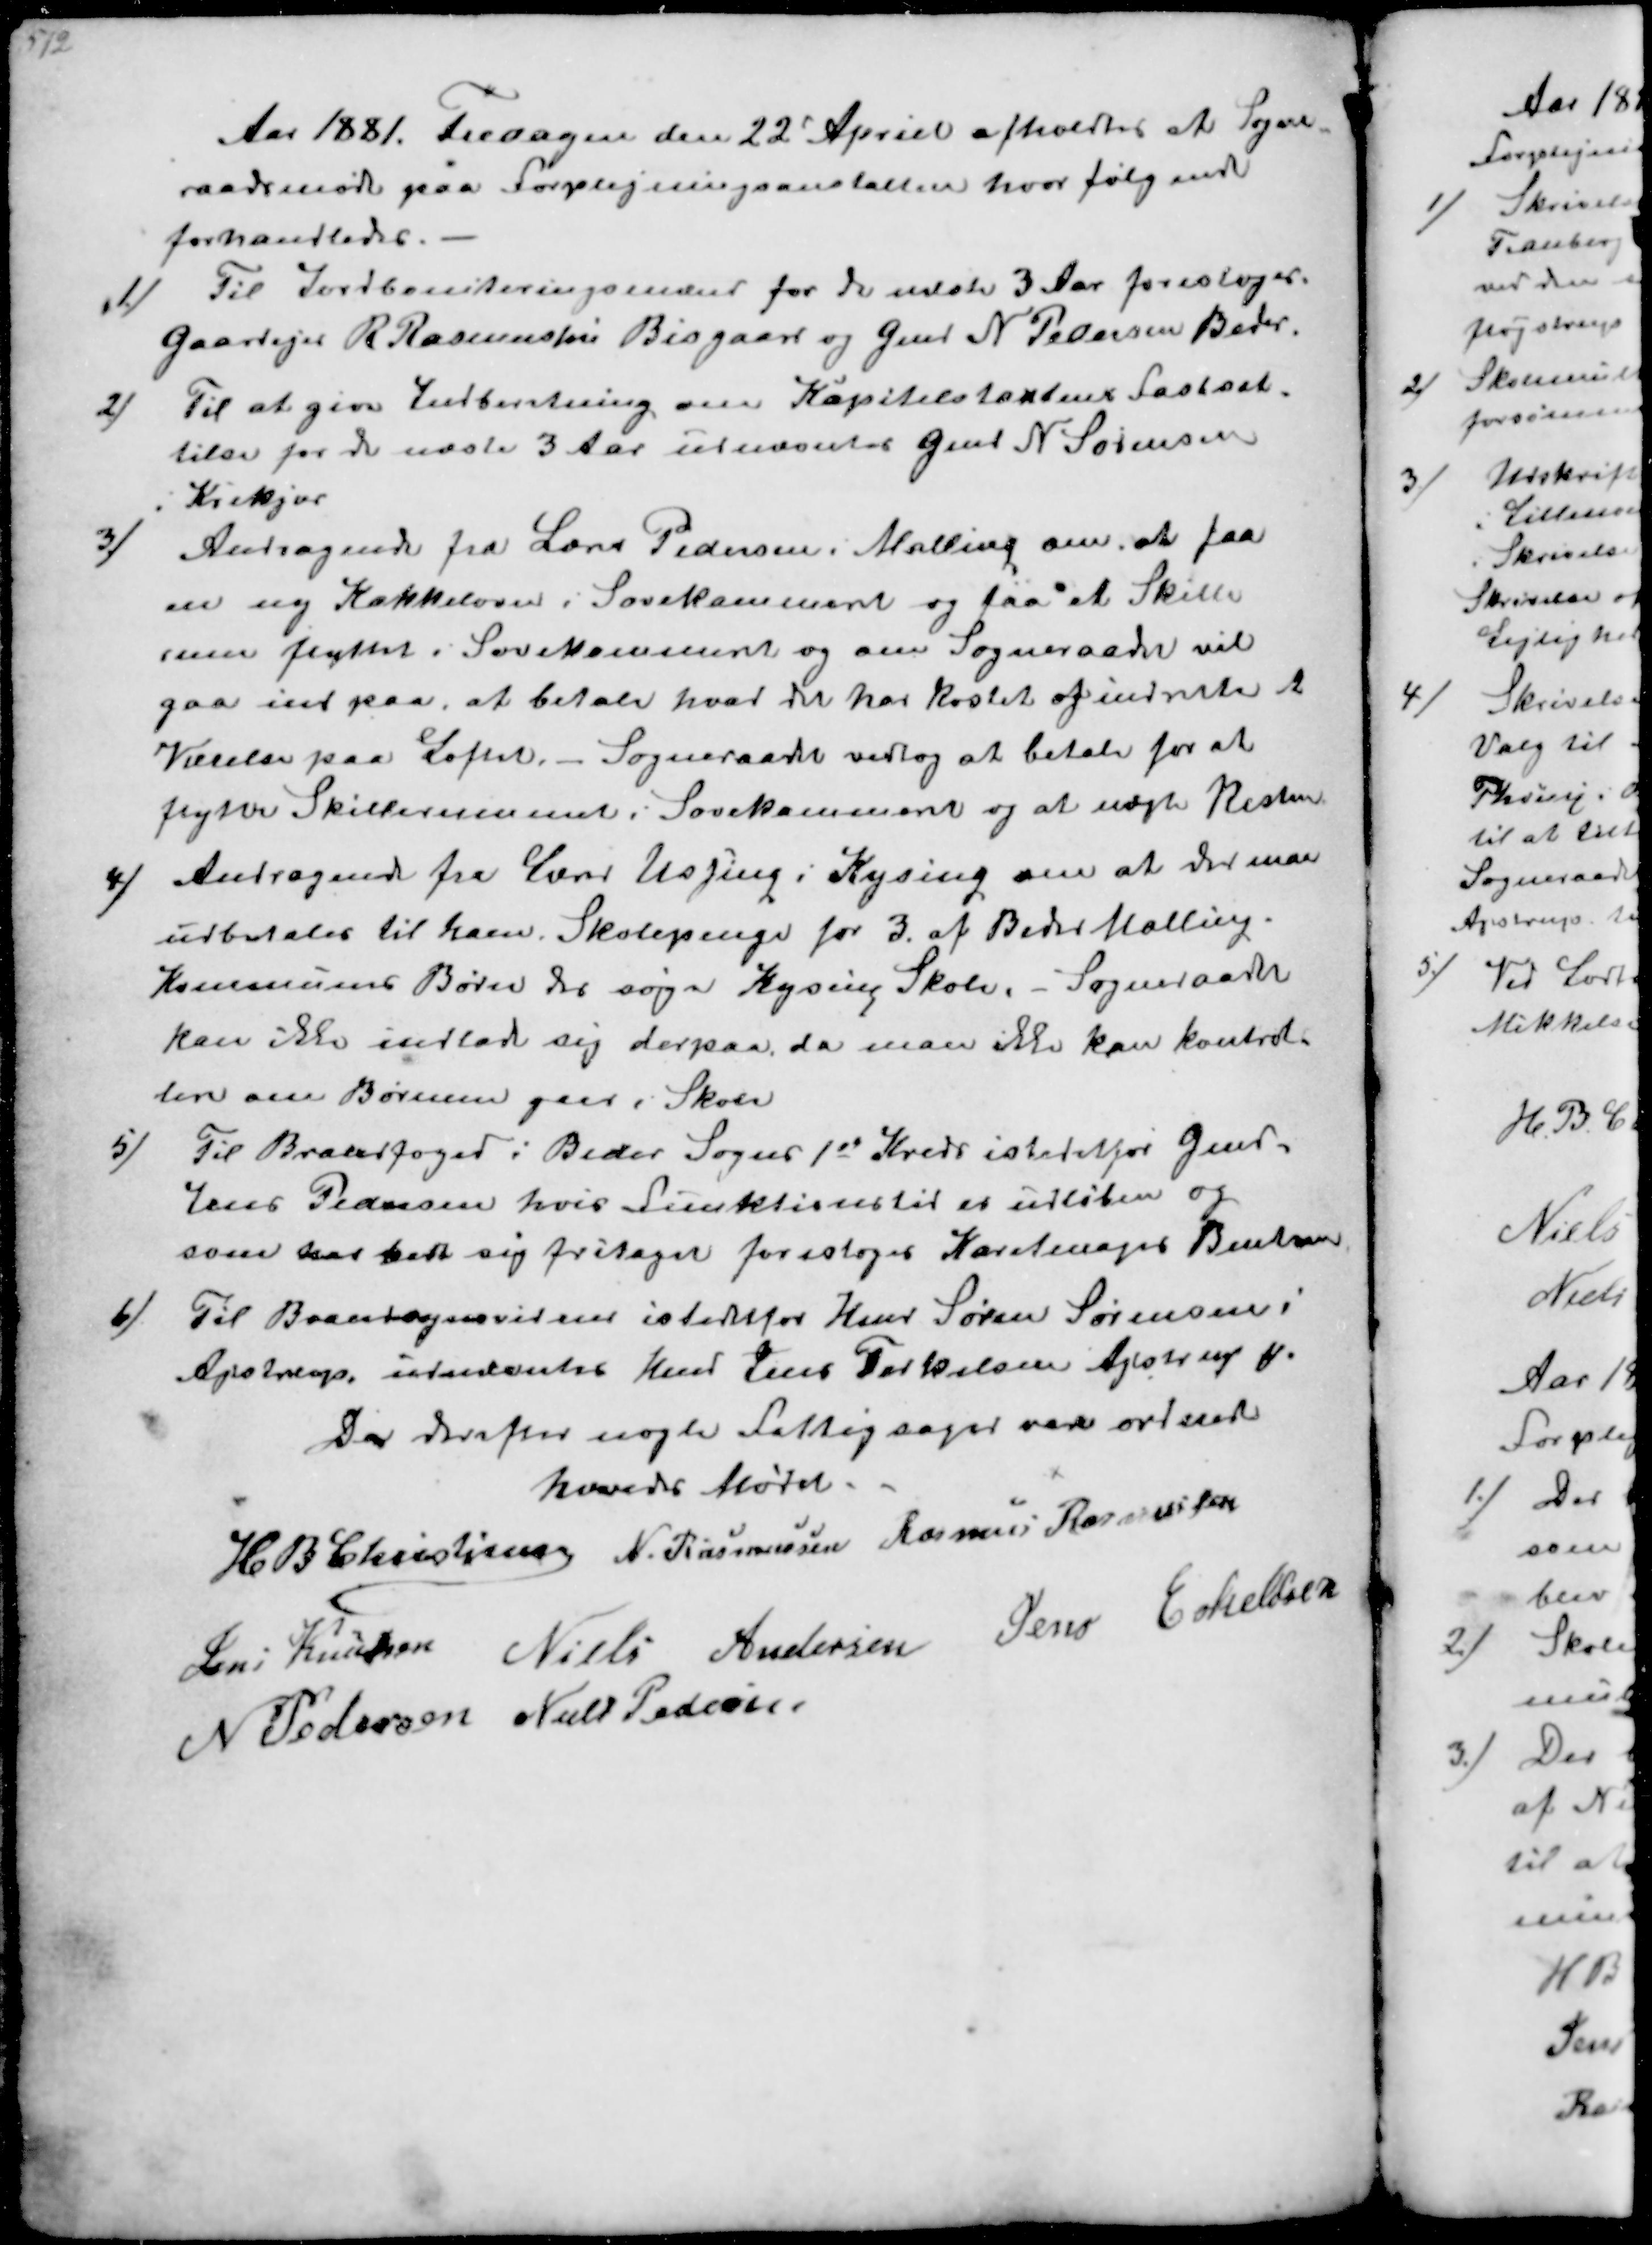
Transskription:
Aar 1881. Fredagen den 22' Apriel afholdtes et Sogne-
raadsmøde paa Forplejningsanstalten hvor følgende
forhandledes
1/
Til Jordboniteringsmænd for de næste 3 Aar foresloges
Gaardejer R Rasmussen Bisgaard og Gmd N Pedersen Beder
2/
Til at give Indberetning om Kapitelstaktens Fastsæt-
telse for de næste 3Aar udnævntes Gmd N Sørensen
i Krekjær
3/
Andragende fra Lars Pedersen i Malling om at faa
en ny Kakkelovn i Sovekammeret og faa et Skille-
rum flyttet i Sovekammeret og om Sogneraadet vil
gaa ind paa, at betale hvad det har kostet af indrette
Værelse paa Loftet.- Sogneraadet vedtog at betale for at
flytte Skillerummet i Sovekammeret og at nægte Resten
4/
Andragende fra Lærer Ussing i Kysing om at der maa
udbetales til ham. Skolepenge for 3 af Beder Malling.
Kommunes Børn der søger Kysing Skole. - Sogneraadet
kan ikke indlade sig derpaa, da man ikke kan kontrol-
lere om Børnene gaar i Skole
5/
Til Brandfoged i Beder Sogns 1st Kreds istedetfor Gmd
Jens Pedersen hvis Funktionstid er udløben og
som har bedt sig fritagen foresloges Karetmager Bentsen
6/
Til Bransynsvidne istedtfor Hmd Søren Sørensen
Ajstrup, udnævntes Hmd Jens Terkelsen Ajstrup ₻
Da derefter nogle Fattigsager var ordnede
hævedes Mødet
H B Christjansen
N. Rasmussen
Rasmus Rasmussen
Jens Knudsen
Niels Andersen
Jens Eskeldsen
N Pedersen
Niels Pedersen